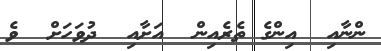
ންނާއި  އިންގެ ތެރެއިން  އަށާއި  ދުވަހަށް  ވެ